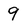
Character: 9